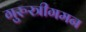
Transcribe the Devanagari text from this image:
गुरुस्त्रीगमन